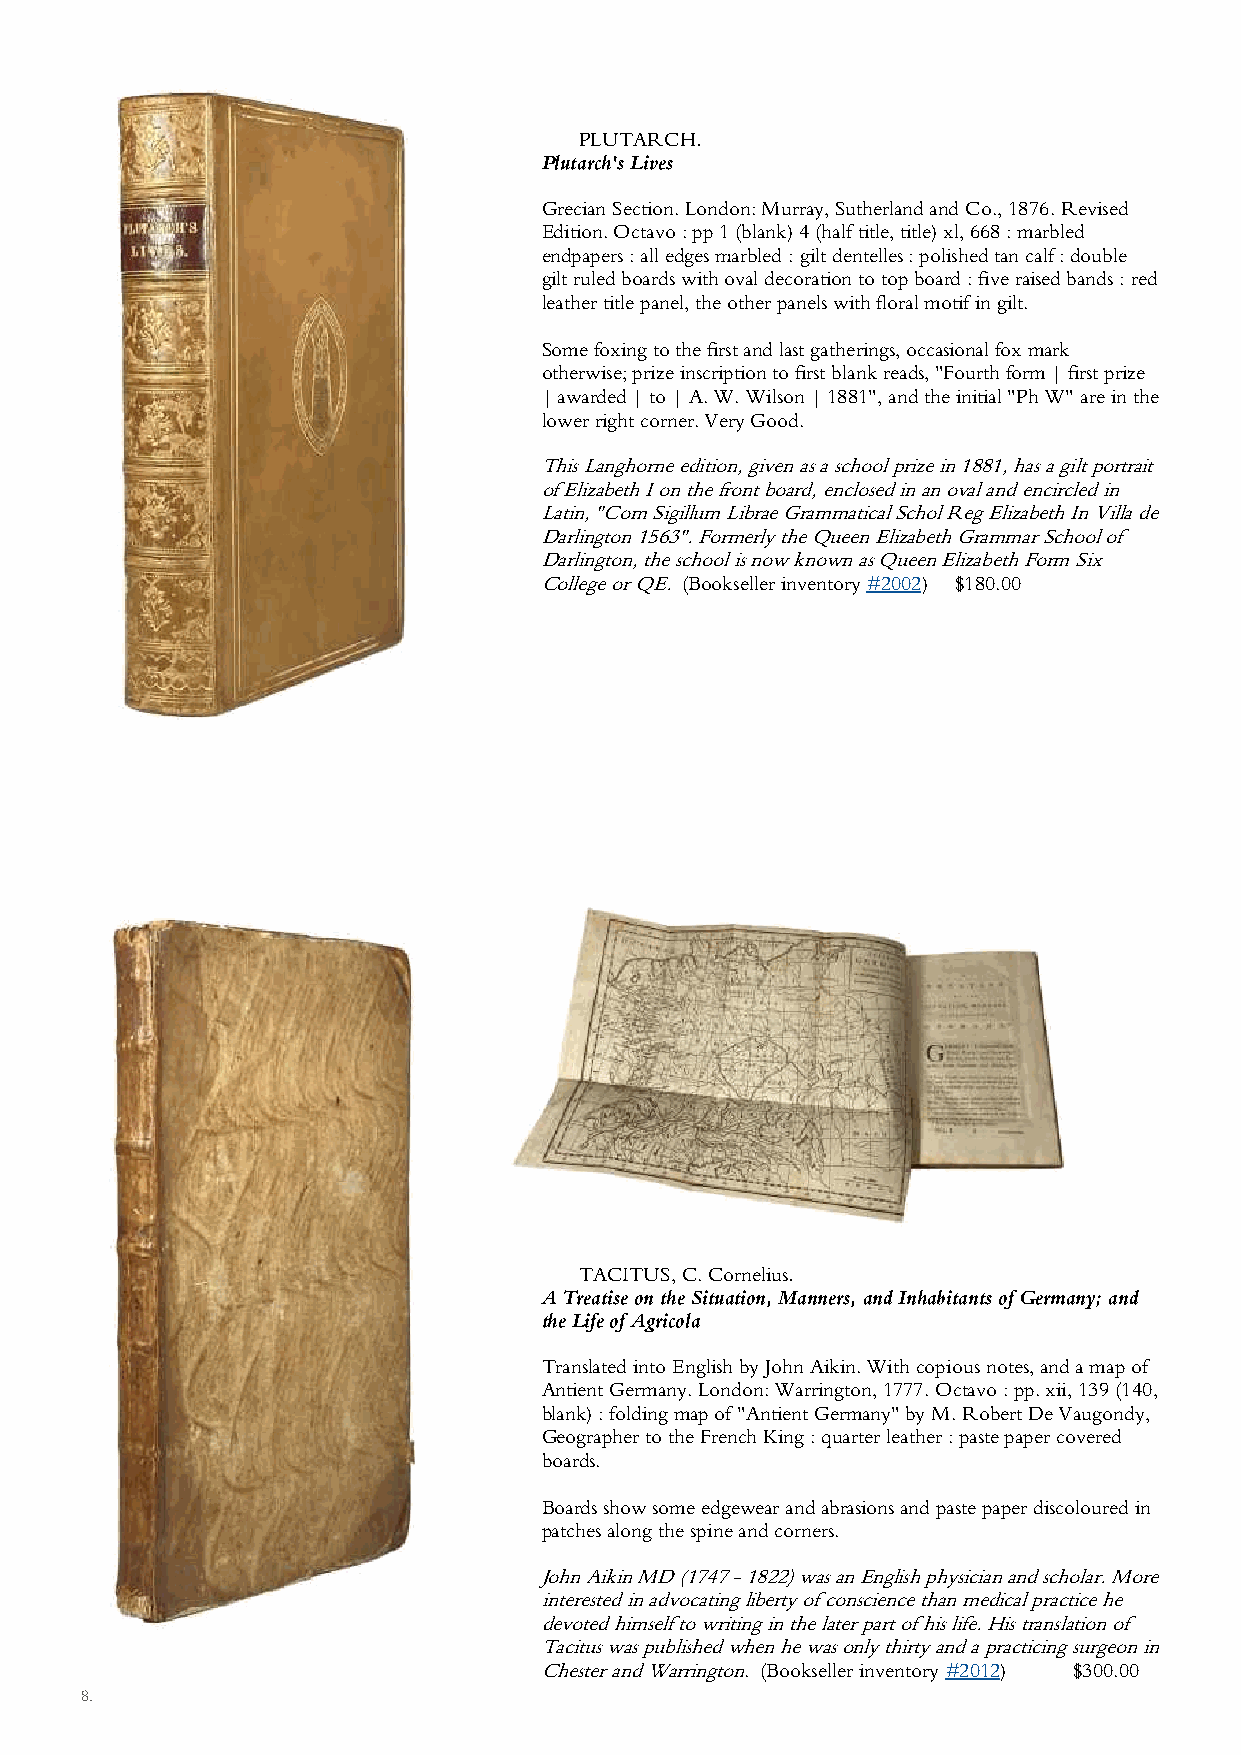
PLUTARCH.
 Plutarch's Lives
 Grecian Section. London: Murray, Sutherland and Co., 1876. Revised
 Edition. Octavo : pp 1 (blank) 4 (half title, title) xl, 668 : marbled
 endpapers : all edges marbled : gilt dentelles : polished tan calf : double
 gilt ruled boards with oval decoration to top board : five raised bands : red
 leather title panel, the other panels with floral motif in gilt.
 Some foxing to the first and last gatherings, occasional fox mark
 otherwise; prize inscription to first blank reads, "Fourth form | first prize
 | awarded | to | A. W. Wilson | 1881", and the initial "Ph W" are in the
 lower right corner. Very Good.
 This Langhorne edition, given as a school prize in 1881, has a gilt portrait
 of Elizabeth I on the front board, enclosed in an oval and encircled in
 Latin, "Com Sigillum Librae Grammatical Schol Reg Elizabeth In Villa de
 Darlington 1563". Formerly the Queen Elizabeth Grammar School of
 Darlington, the school is now known as Queen Elizabeth Form Six
 College or QE. (Bookseller inventory #2002) $180.00
 TACITUS, C. Cornelius.
 A Treatise on the Situation, Manners, and Inhabitants of Germany; and
 the Life of Agricola
 Translated into English by John Aikin. With copious notes, and a map of
 Antient Germany. London: Warrington, 1777. Octavo : pp. xii, 139 (140,
 blank) : folding map of "Antient Germany" by M. Robert De Vaugondy,
 Geographer to the French King : quarter leather : paste paper covered
 boards.
 Boards show some edgewear and abrasions and paste paper discoloured in
 patches along the spine and corners.
 John Aikin MD (1747 - 1822) was an English physician and scholar. More
 interested in advocating liberty of conscience than medical practice he
 devoted himself to writing in the later part of his life. His translation of
 Tacitus was published when he was only thirty and a practicing surgeon in
 Chester and Warrington. (Bookseller inventory #2012) $300.00
 8.